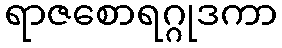
ရာဇစောရဂ္ဂုဒကာ